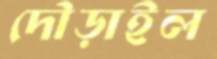
দৌড়াইল